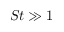
S t \gg 1